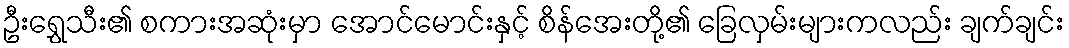
ဦးရွှေသီး၏ စကားအဆုံးမှာ အောင်မောင်းနှင့် စိန်အေးတို့၏ ခြေလှမ်းများကလည်း ချက်ချင်း